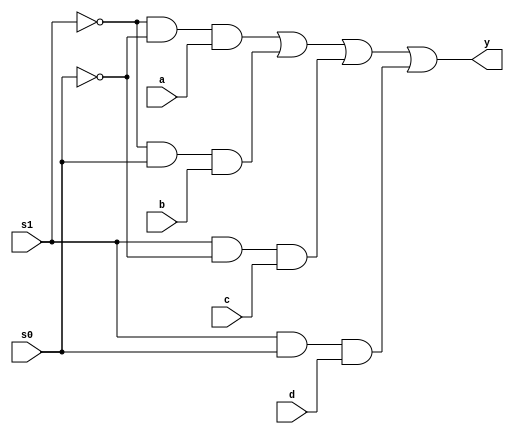
module mux(s0, s1, a, b, c, d, y);
input s0, s1, a, b, c, d;
output y;

assign y = (~s1 & ~s0 & a) | (~s1 & s0 & b) | (s1 & ~s0 & c) | (s1 & s0 & d);

endmodule